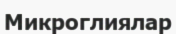
Микроглиялар